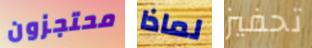
محتجزون لماذا تحفيز